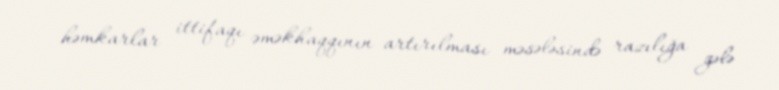
həmkarlar ittifaqı əməkhaqqının artırılması məsələsində razılığa gələ